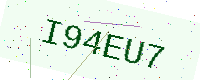
Text: I94EU7